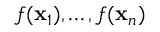
f ( \ensuremath { \mathbf { x } } _ { 1 } ) , \dots , f ( \ensuremath { \mathbf { x } } _ { n } )